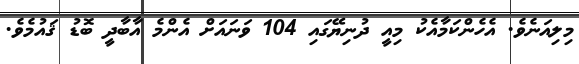
މިލިއަނެވެ. އެހެންކަމާއެކު މިއީ ދުނިޔޭގައި 104 ވަނައަށް އެންމެ އާބާދީ ބޮޑު ޤައުމެވެ.